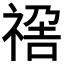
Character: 𥚣